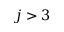
j > 3